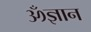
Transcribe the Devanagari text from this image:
ॐज्ञान